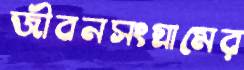
জীবনসংগ্রামের